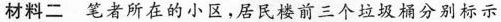
材料二笔者所在的小区，居民楼前三个垃圾桶分别标示